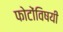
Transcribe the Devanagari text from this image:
फोटोंविषयी